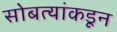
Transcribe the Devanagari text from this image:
सोबत्यांकडून